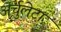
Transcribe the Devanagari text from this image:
अर्चुलेटा